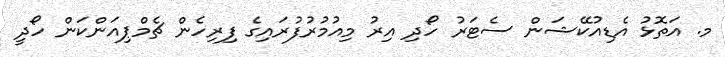
މ. އަތޮޅު އެޑިއުކޭޝަން ސެޓަރު ހޯދި އިރު މިއުމުރުފުރައިގެ ފިރިހެން ޗެމްޕިއަންކަން ހޯދީ